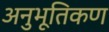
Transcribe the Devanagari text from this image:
अनुभूतिकण